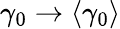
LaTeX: \gamma_{0}\rightarrow\langle\gamma_{0}\rangle